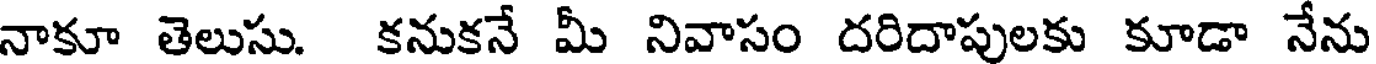
నాకూ తెలుసు. కనుకనే మీ నివాసం దరిదాపులకు కూడా నేను